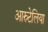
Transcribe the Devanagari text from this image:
आस्र्टेलिया